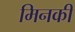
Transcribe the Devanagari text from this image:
मिनकी